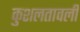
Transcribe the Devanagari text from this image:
कुशलतावली